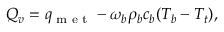
\begin{array} { r } { Q _ { v } = q _ { \textrm { m e t } } - \omega _ { b } \rho _ { b } c _ { b } ( T _ { b } - T _ { t } ) , } \end{array}